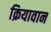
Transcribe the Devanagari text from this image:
क्रियावान